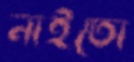
নাইতো